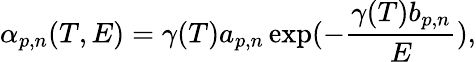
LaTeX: \alpha_{p,n}(T,E)=\gamma(T)a_{p,n}\exp(-\frac{\gamma(T)b_{p,n}}{E}),